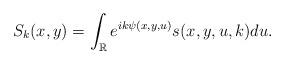
\begin{align*}S_k(x,y)=\int_{\mathbb{R}} e^{ik\psi(x,y,u)}s(x,y,u,k)du.\end{align*}